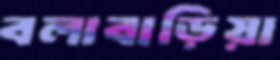
বলাবাড়িয়া